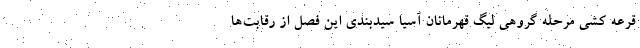
قرعه کشی مرحله گروهی لیگ قهرمانان آسیا سیدبندی این فصل از رقابت‌ها